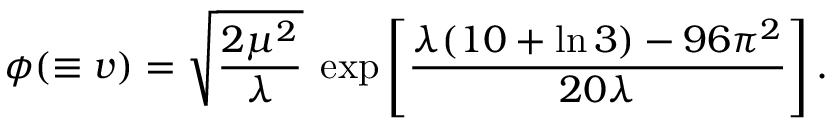
\phi ( \equiv v ) = \sqrt { \frac { 2 \mu ^ { 2 } } { \lambda } } \; \exp \left[ \frac { \lambda ( 1 0 + \ln 3 ) - 9 6 \pi ^ { 2 } } { 2 0 \lambda } \right] .